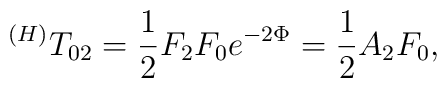
^{(H)}T_{02}=\frac 12F_2F_0e^{-2\Phi }=\frac 12A_2F_0,